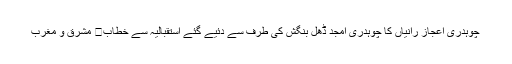
چوہدری اعجاز رانیاں کا چوہدری امجد ڈھل بنگش کی طرف سے دئیے گئے استقبالیہ سے خطاب	 مشرق و مغرب